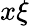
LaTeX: x\xi